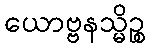
ယောဗ္ဗနသ္မိဉ္စ